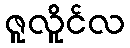
ဇူလိူင်လ